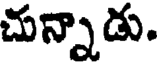
చున్నాడు.